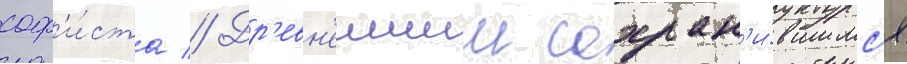
соф'и́ста // Др'евн'еишим сохран'и́вшимс'я